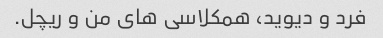
فرد و دیوید، همکلاسی های من و ریچل.